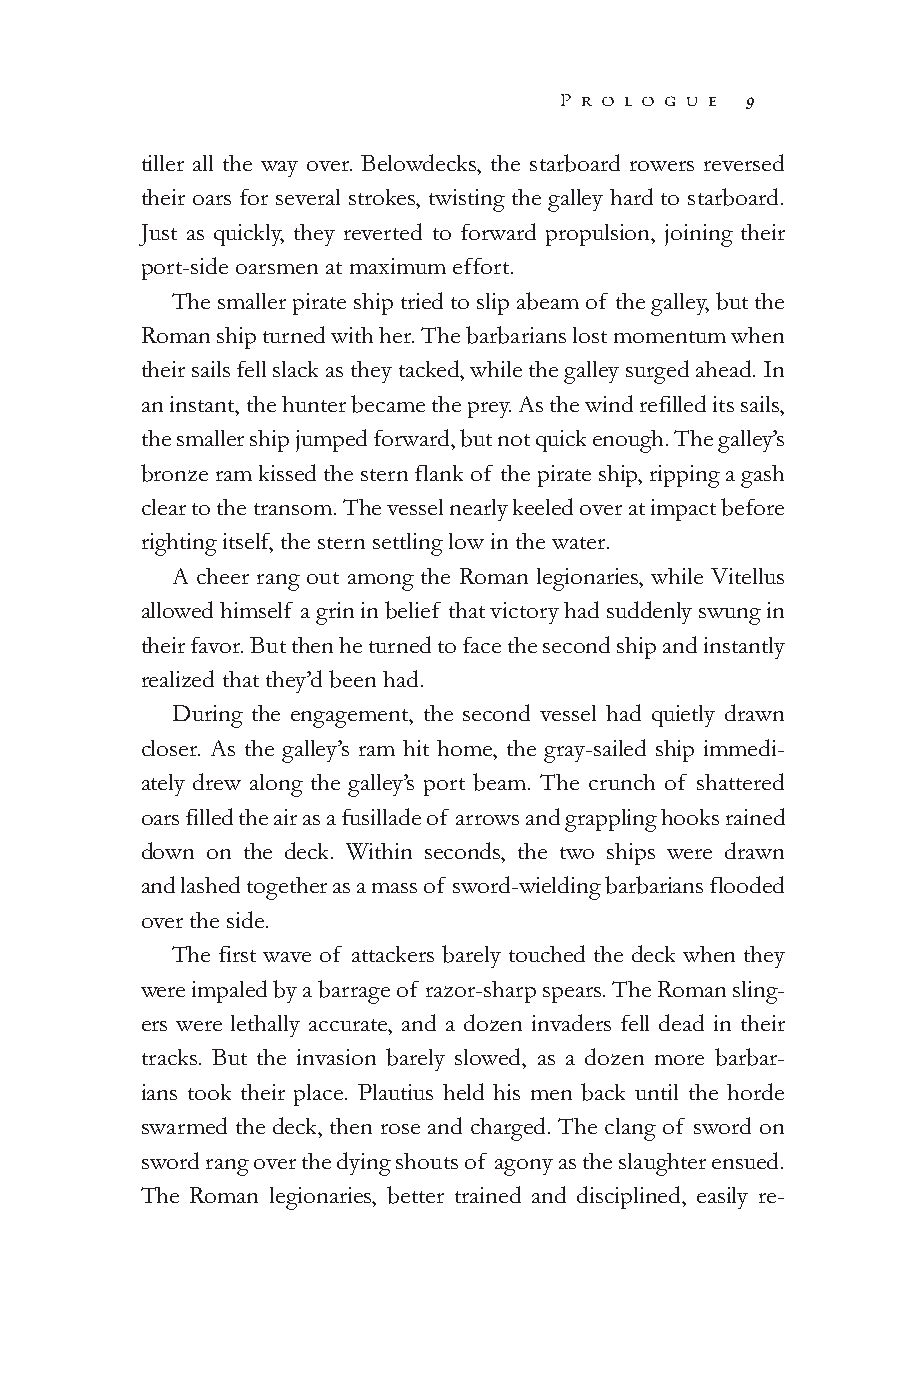
P r o l o g u e 9
 tiller all the way over. Belowdecks, the starboard rowers reversed
 their oars for several strokes, twisting the galley hard to starboard.
 Just as quickly, they reverted to forward propulsion, joining their
 port-side oarsmen at maximum effort.
 The smaller pirate ship tried to slip abeam of the galley, but the
 Roman ship turned with her. The barbarians lost momentum when
 their sails fell slack as they tacked, while the galley surged ahead. In
 an instant, the hunter became the prey. As the wind refilled its sails,
 the smaller ship jumped forward, but not quick enough. The galley’s
 bronze ram kissed the stern flank of the pirate ship, ripping a gash
 clear to the transom. The vessel nearly keeled over at impact before
 righting itself, the stern settling low in the water.
 A cheer rang out among the Roman legionaries, while Vitellus
 allowed himself a grin in belief that victory had suddenly swung in
 their favor. But then he turned to face the second ship and instantly
 realized that they’d been had.
 During the engagement, the second vessel had quietly drawn
 closer. As the galley’s ram hit home, the gray-sailed ship immedi-
 ately drew along the galley’s port beam. The crunch of shattered
 oars filled the air as a fusillade of arrows and grappling hooks rained
 down on the deck. Within seconds, the two ships were drawn
 and lashed together as a mass of sword-wielding barbarians flooded
 over the side.
 The first wave of attackers barely touched the deck when they
 were impaled by a barrage of razor-sharp spears. The Roman sling-
 ers were lethally accurate, and a dozen invaders fell dead in their
 tracks. But the invasion barely slowed, as a dozen more barbar-
 ians took their place. Plautius held his men back until the horde
 swarmed the deck, then rose and charged. The clang of sword on
 sword rang over the dying shouts of agony as the slaughter ensued.
 The Roman legionaries, better trained and disciplined, easily re-
 000011--555500__PPGGII__CCrreesscceenntt DDaawwnn..iinndddd 99 99//33//1100 1100::2299 AAMM